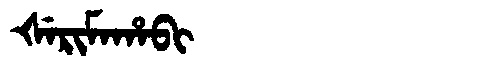
Manchu: ᡧᡝᡵᡳᠮᠠᡥᠠᠪᡳ
Romanization: ŠERIMAHABI